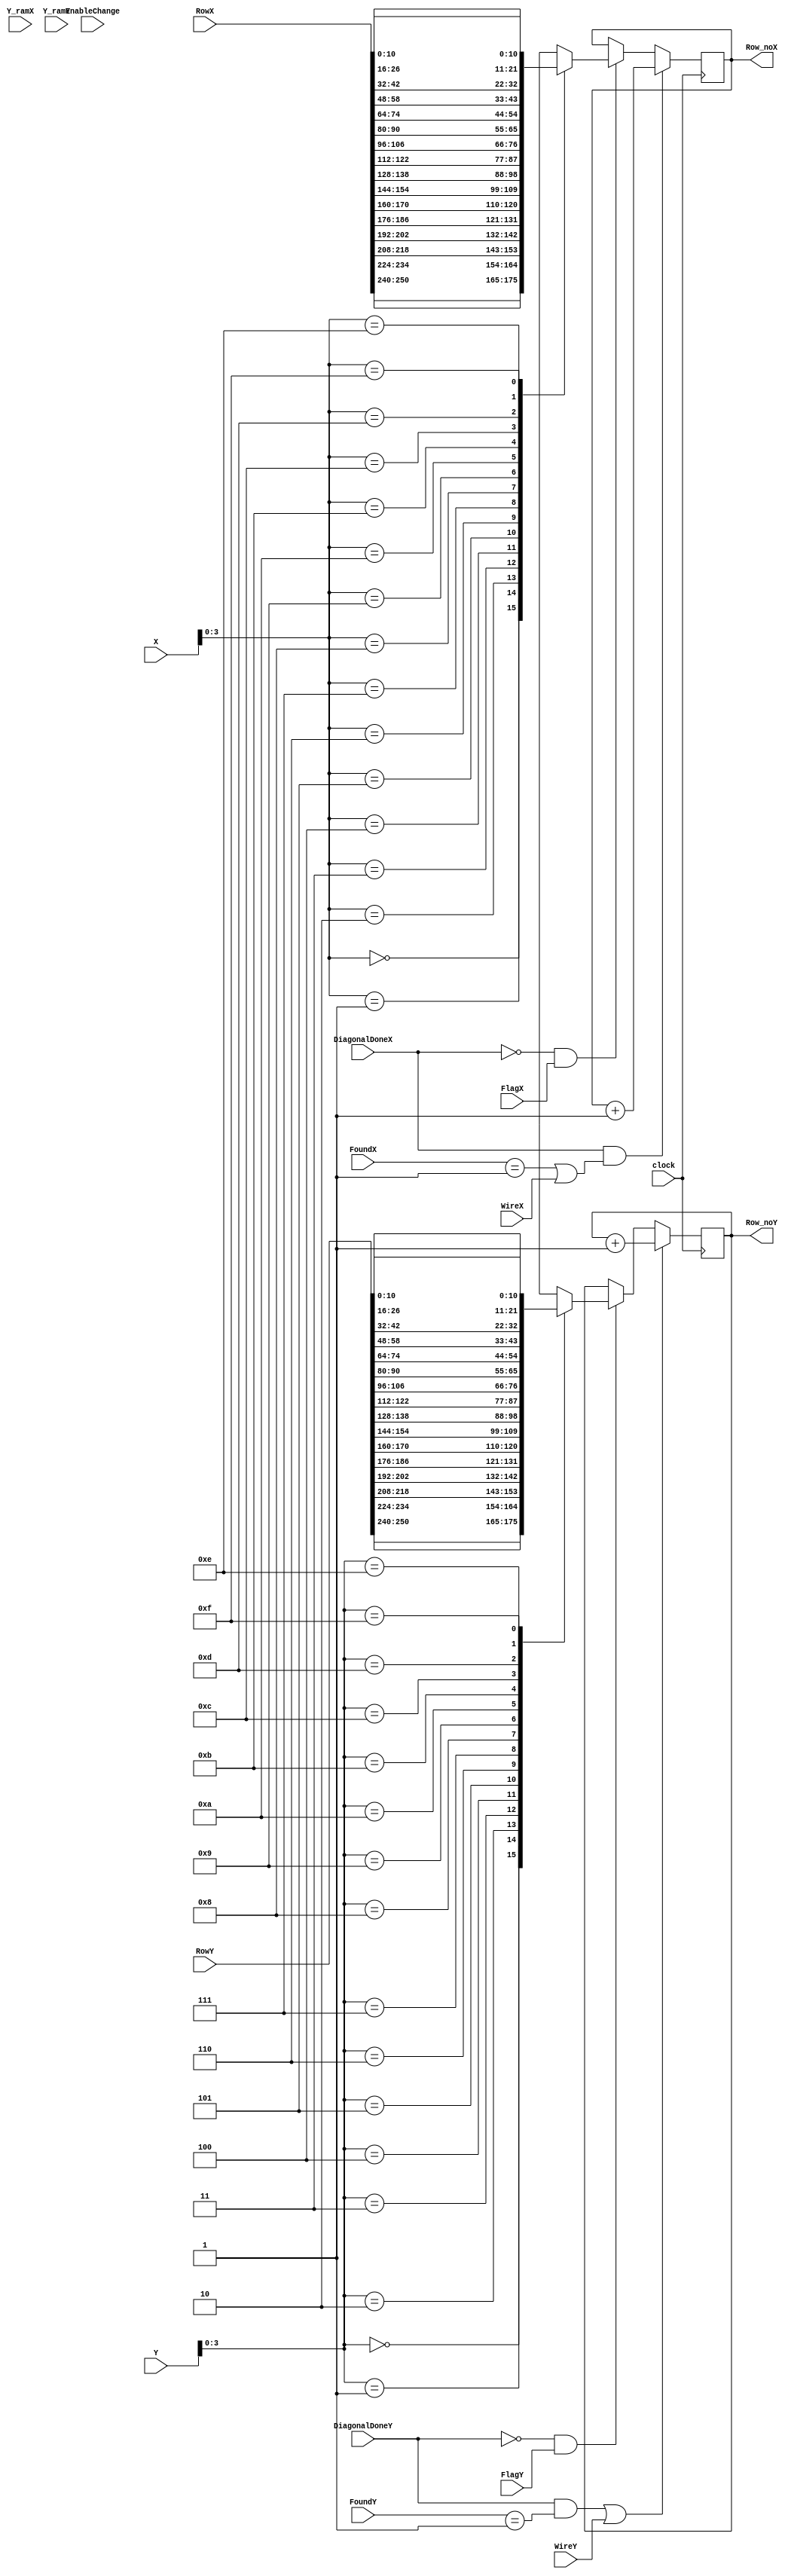
module update_2 (X, Y, RowX, RowY, Y_ramX, Y_ramY, Row_noX, Row_noY, clock, EnableChange, FoundX, FoundY, FlagX, FlagY, DiagonalDoneX, DiagonalDoneY, WireX, WireY);

input          clock;
input          EnableChange;
input [255:0]  RowX;
input [255:0]  RowY;
input [15:0]   X;
input [15:0]   Y;
input [10:0]   Y_ramX;
input [10:0]   Y_ramY;
input [1:0]    FoundX;
input [1:0]    FoundY;
input          FlagX;
input          FlagY;
input          DiagonalDoneX;
input          DiagonalDoneY;
input          WireX;
input          WireY;

output [10:0]  Row_noX;
output [10:0]  Row_noY;

wire [3:0]  remX;
wire [3:0]  remY;
reg [10:0] Row_noX;
reg [10:0] Row_noY;
reg        NewRowX;
reg        NewRowY;

assign remX = X[3:0];
assign remY = Y[3:0];

always@(posedge clock)
begin

	//NewRowX <= 1'b0;
	//NewRowY <= 1'b0;

	if (DiagonalDoneX == 1'b0 && FlagX)
	begin
		case (remX)
			4'b0000: Row_noX <= RowX[250:240];
			4'b0001: Row_noX <= RowX[234:224];
			4'b0010: Row_noX <= RowX[218:208];
			4'b0011: Row_noX <= RowX[202:192];
			4'b0100: Row_noX <= RowX[186:176];
			4'b0101: Row_noX <= RowX[170:160];
			4'b0110: Row_noX <= RowX[154:144];
			4'b0111: Row_noX <= RowX[138:128];
			4'b1000: Row_noX <= RowX[122:112];
			4'b1001: Row_noX <= RowX[106:96];
			4'b1010: Row_noX <= RowX[90:80];
			4'b1011: Row_noX <= RowX[74:64];
			4'b1100: Row_noX <= RowX[58:48];
			4'b1101: Row_noX <= RowX[42:32];
			4'b1110: Row_noX <= RowX[26:16];
			4'b1111: Row_noX <= RowX[10:0];
		endcase
	end
	
	if (DiagonalDoneY == 1'b0 && FlagY)
	begin
		case (remY)
			4'b0000: Row_noY <= RowY[250:240];
			4'b0001: Row_noY <= RowY[234:224];
			4'b0010: Row_noY <= RowY[218:208];
			4'b0011: Row_noY <= RowY[202:192];
			4'b0100: Row_noY <= RowY[186:176];
			4'b0101: Row_noY <= RowY[170:160];
			4'b0110: Row_noY <= RowY[154:144];
			4'b0111: Row_noY <= RowY[138:128];
			4'b1000: Row_noY <= RowY[122:112];
			4'b1001: Row_noY <= RowY[106:96];
			4'b1010: Row_noY <= RowY[90:80];
			4'b1011: Row_noY <= RowY[74:64];
			4'b1100: Row_noY <= RowY[58:48];
			4'b1101: Row_noY <= RowY[42:32];
			4'b1110: Row_noY <= RowY[26:16];
			4'b1111: Row_noY <= RowY[10:0];
		endcase

		//EnableChange <= 1'b0;
	end

	
	if (DiagonalDoneX == 1'b1 && (FoundX == 2'b01 || WireX))
		Row_noX <= Row_noX + 1'b1;

	//	else if (FoundX == 1'b1)
	//		Row_noX <= Row_noX;
/******************************************************************/
		if (DiagonalDoneY == 1'b1 && FoundY == 2'b01 || WireY)
			Row_noY <= Row_noY + 1'b1;

		//if (FoundY == 1'b1)
		//	Row_noY <= Row_noY;
		//if (NewRowFetchY == 1'b1)
		//	Row_noY <= Row_noY + 1'b1; 
	//end
end
endmodule